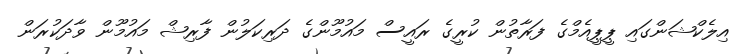
އިލެކްޝަންގައި ޕީޕީއެމްގެ ފަރާތުން ކުރީގެ ރައީސް މައުމޫންގެ ދަރިކަލުން ފާރިޝް މައުމޫން ވާދަކުރަން